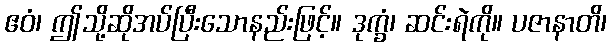
ဧဝံ၊ ဤသို့ဆိုအပ်ပြီးသောနည်းဖြင့်။ ဒုက္ခံ၊ ဆင်းရဲကို။ ပဇာနာတိ၊